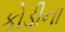
કોડીના